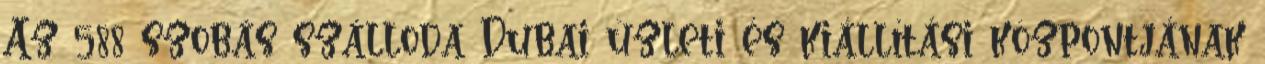
Az 588 szobás szálloda Dubai üzleti és kiállítási központjának